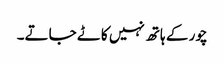
چور کے ہاتھ نہیں کاٹے جاتے۔